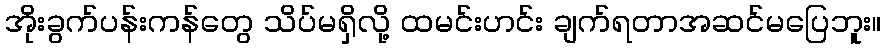
အိုးခွက်ပန်းကန်တွေ သိပ်မရှိလို့ ထမင်းဟင်း ချက်ရတာအဆင်မပြေဘူး။